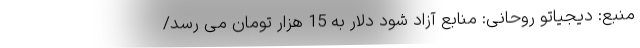
منبع: دیجیاتو روحانی: منابع آزاد شود دلار به 15 هزار تومان می رسد/